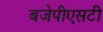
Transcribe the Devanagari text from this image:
बजेपीएसटी